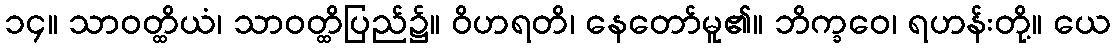
၁၄။ သာဝတ္ထိယံ၊ သာဝတ္ထိပြည်၌။ ဝိဟရတိ၊ နေတော်မူ၏။ ဘိက္ခဝေ၊ ရဟန်းတို့။ ယေ